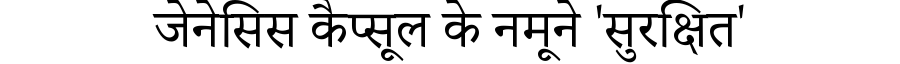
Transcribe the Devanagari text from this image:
जेनेसिस कैप्सूल के नमूने 'सुरक्षित'